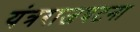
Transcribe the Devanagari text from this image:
यंत्रराजघटना